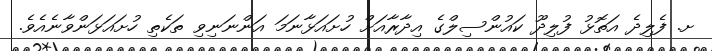
ށ. ފެލިދެ އަތޮޅު ފުލިދޫ ކައުންސިލްގެ އިދާރާއަށް ހުށައަޅާނަމަ އަންނަނިވި ތަކެތި ހުށައަޅަންވާނެއެވެ.